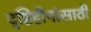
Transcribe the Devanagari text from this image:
दृष्टिहीनांसाठी